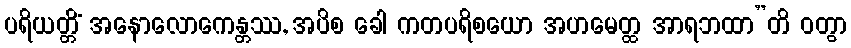
ပရိယတ္တိံ အနောလောကေန္တဿ, အပိစ ခေါ ကတပရိစယော အဟမေတ္ထ အာရဘထာ”တိ ဝတွာ